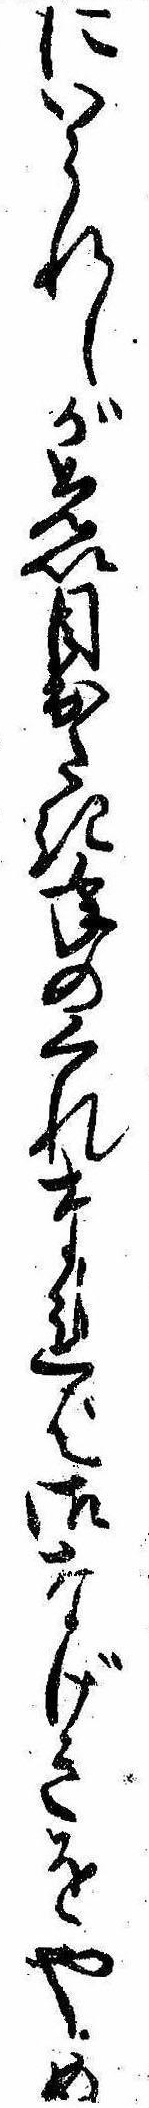
にいられしが先以目出たき年のくれなれば御なげきをやめ